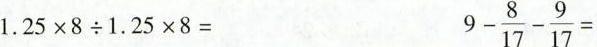
1.25\times 8{\div} 1.25\times 8=9-\frac{8}{17}-\frac{9}{17}=